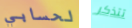
لحسابي تتذكر